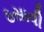
ઠસાવી